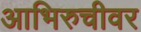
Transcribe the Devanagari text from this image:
आभिरुचीवर